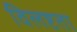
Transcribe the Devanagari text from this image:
विलष्टता